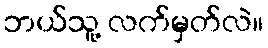
ဘယ်သူ့ လက်မှတ်လဲ။